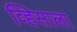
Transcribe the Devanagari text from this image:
व्हिसाला